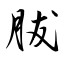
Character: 胈